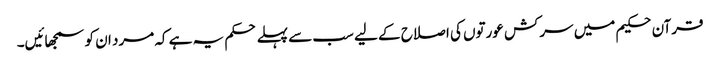
قرآن حکیم میں سرکش عورتوں کی اصلاح کے لیے سب سے پہلے حکم یہ ہے کہ مرد ان کو سمجھائیں۔